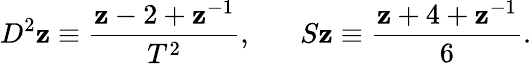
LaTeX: D^{2}\mathbf{z}\equiv\frac{{\mathbf{z}-2+\mathbf{z}^{-1}}}{{T^{2}}},\; \; \; \; \; \; S\mathbf{z}\equiv\frac{{\mathbf{z}+4+\mathbf{z}^{-1}}}{6}.